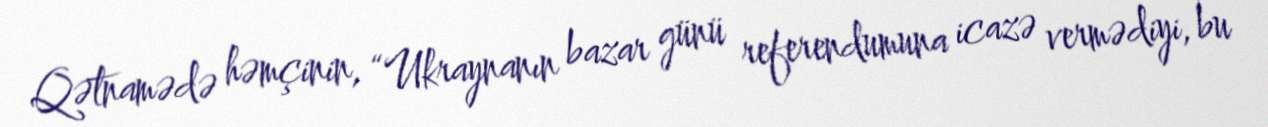
Qətnamədə həmçinin, “Ukraynanın bazar günü referendumuna icazə vermədiyi, bu